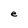
Character: e